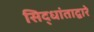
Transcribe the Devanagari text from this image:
सिद्धांताद्वारे